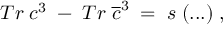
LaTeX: T r \; c ^ { 3 } \; - \; T r \; \overline { { { c } } } ^ { 3 } \; = \; s \; ( . . . ) \; ,